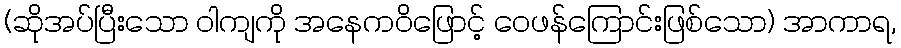
(ဆိုအပ်ပြီးသော ဝါကျကို အနေကဝိဖြောင့် ဝေဖန်ကြောင်းဖြစ်သော) အာကာရ,